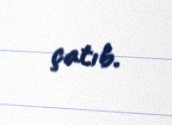
çatıb.